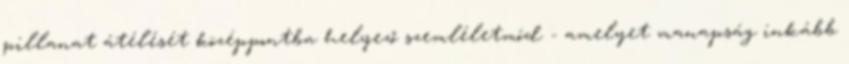
pillanat átélését középpontba helyező szemléletmód - amelyet manapság inkább